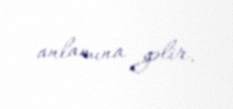
anlamına gəlir.